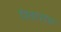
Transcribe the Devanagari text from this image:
रिवाराम